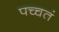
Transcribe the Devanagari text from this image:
पच्चतं